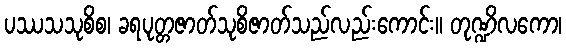
ပဿသသုစိစ၊ ခရပုတ္တဇာတ်သုစိဇာတ်သည်လည်းကောင်း။ တုဏ္ဍိလကော၊